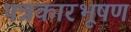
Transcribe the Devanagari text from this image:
पत्रकारभूषण